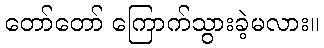
တော်တော် ကြောက်သွားခဲ့မလား။